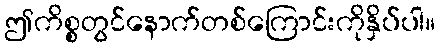
ဤကိစ္စတွင်နောက်တစ်ကြောင်းကိုနှိပ်ပါ။